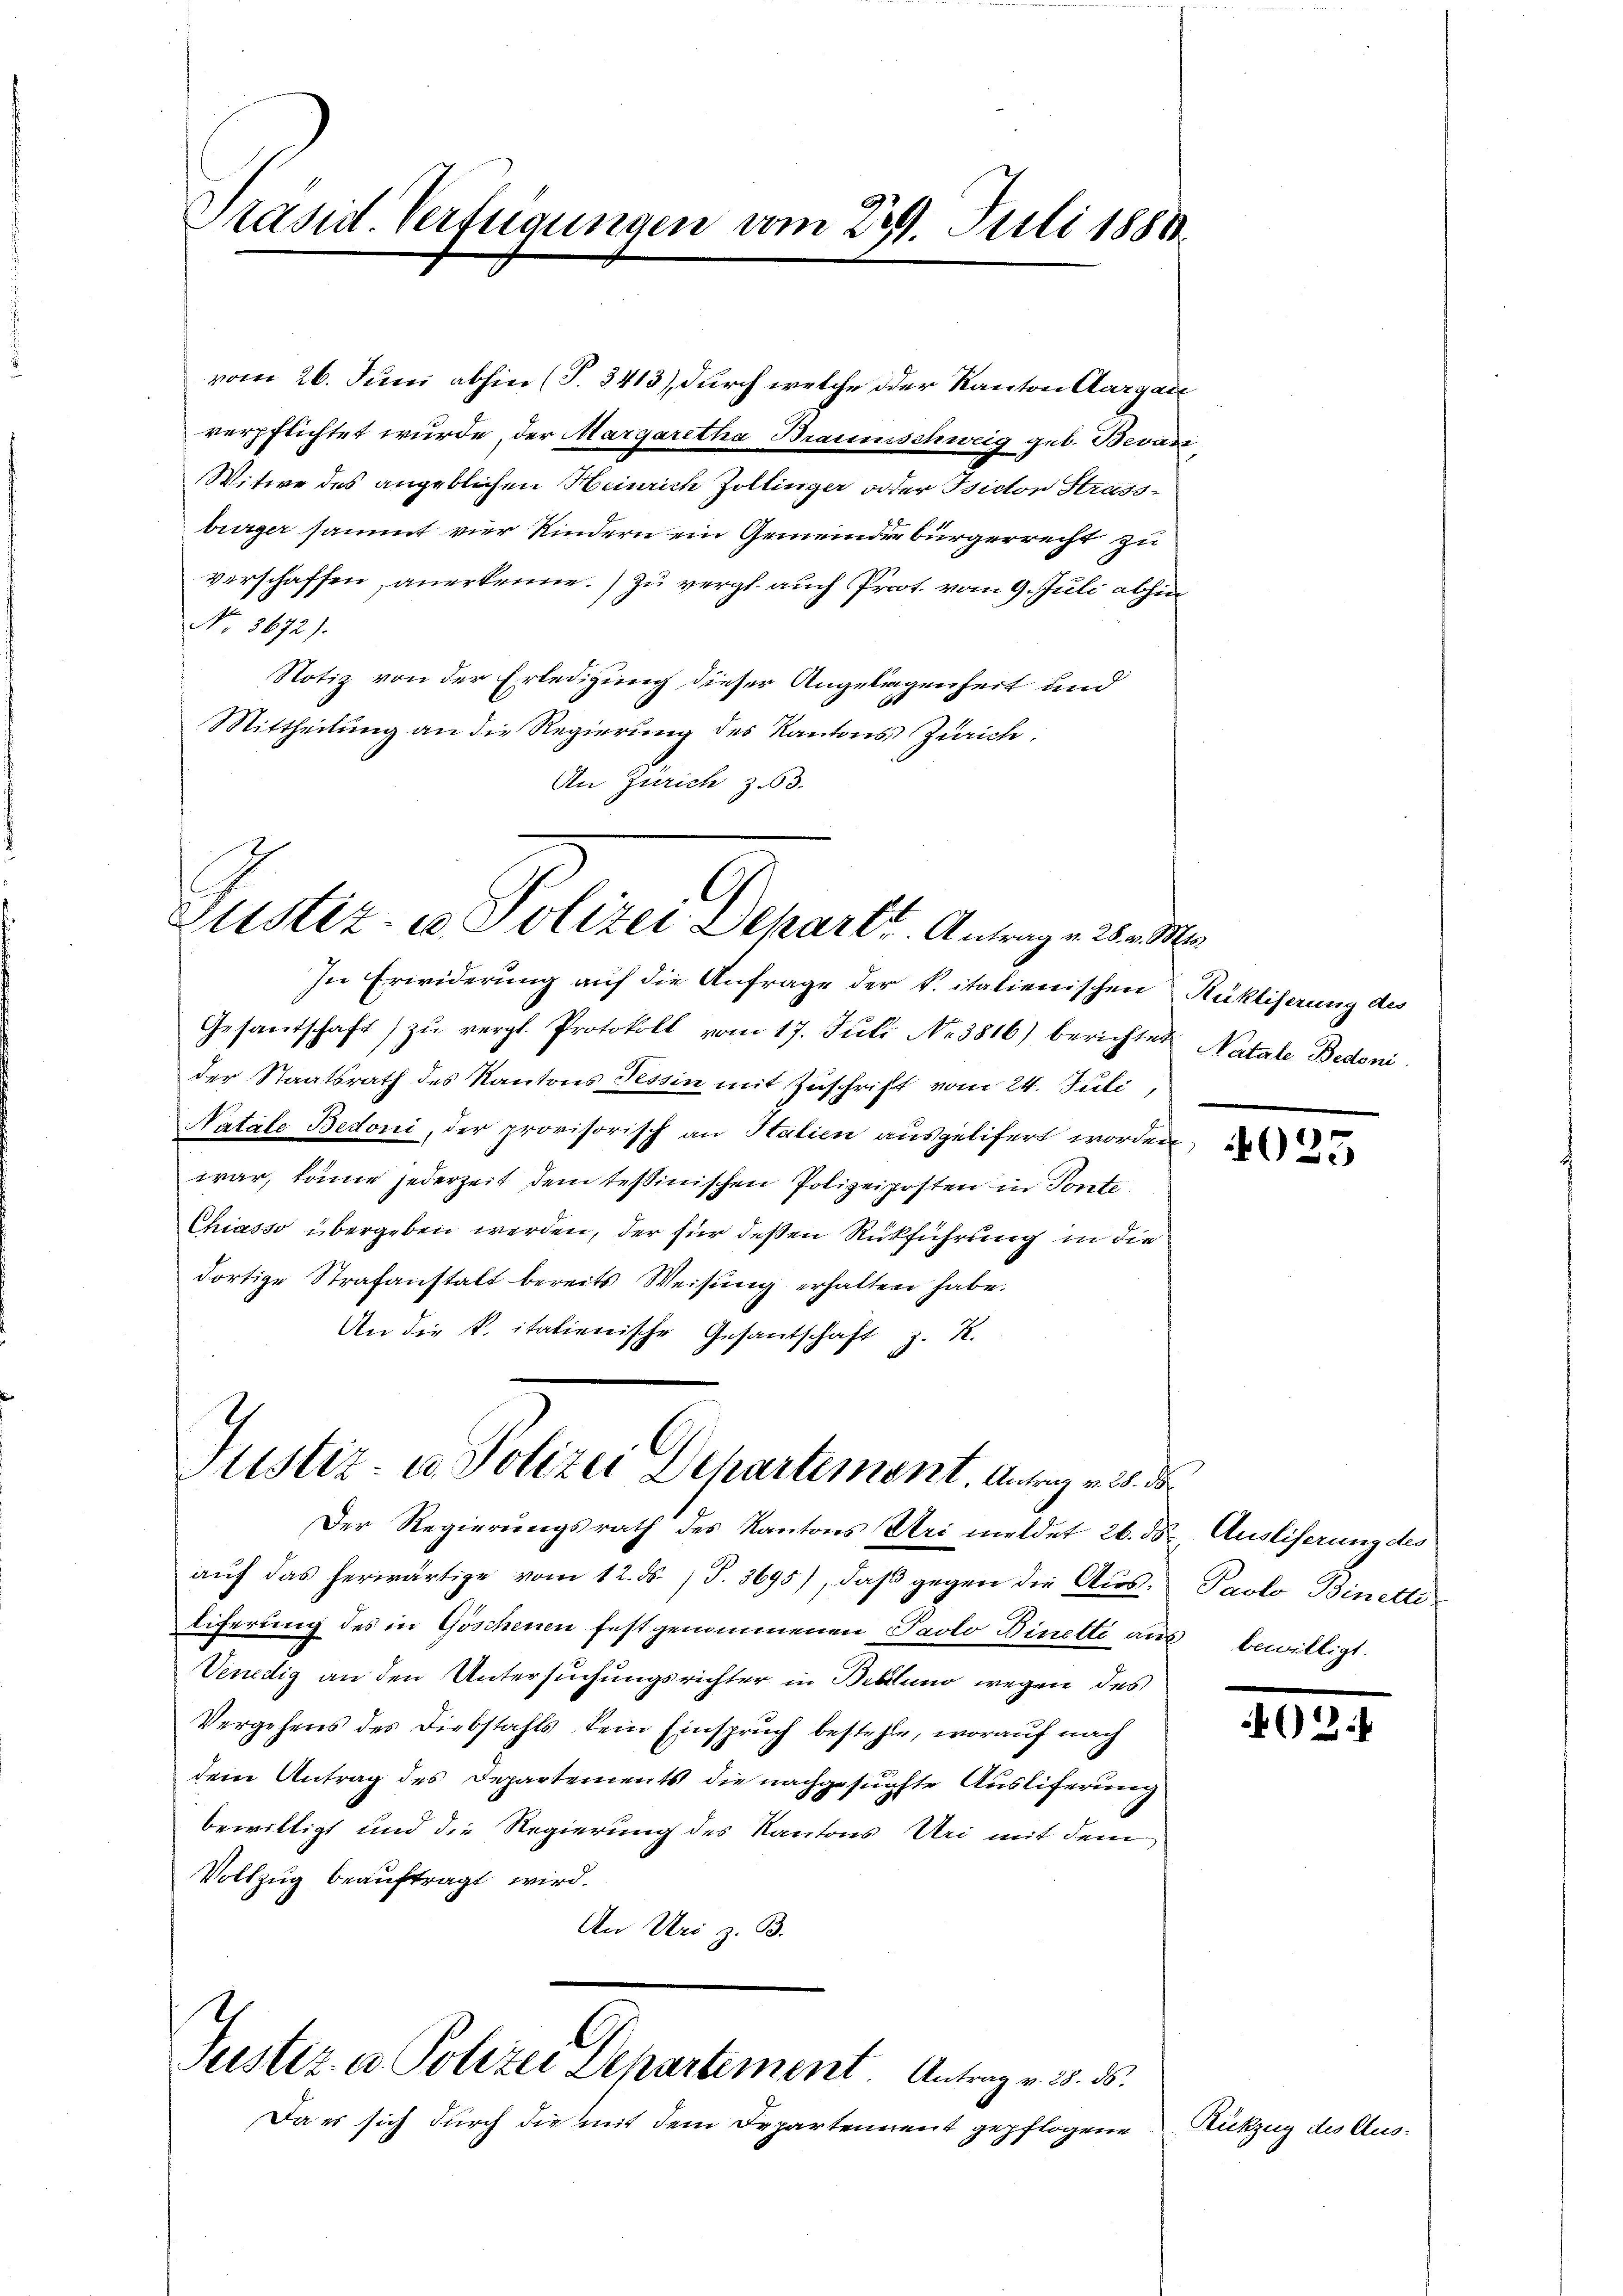
Präsid. Verfügungen vom 22. Juli 1888.

verpflichtet wurde, der Margaretha Braunschweig geb. Bevan
Witwe des angeblichen Heinrich Zollinger oder Tsictor Strassbürger sammt vier Kindern ein Gemeindebürgerrecht zu
verschaffen, anerkenne.) zu vergl. auch Prot. vom 9. Juli abhin
No. 3672).
Notiz von der Erledigung dieser Angelegenheit und
Mittheilung an die Regierung des Kantons Zürich.
An Zürich z.63.

vom 26. Juni abhin (T.3413), durch welche der Kanton Aargaue

Justiz- u. Polizei Departe. Antrage 23. Mi

Justiz- u. Polizei Departement. Antrag v. 25. de

In Erwiderung auf die Anfrage der k. italienischen Rükliferung des
Gesandschaft zŭ vergl. Protokoll vom 17. Juli No 3816) berichtet Natale Bedoni
der Staatsrath des Kantons Tessin mit Zuschrift vom 24. Juli,
Natale Bedoni, der provisorisch an Halien ausgelifert worden
war, könne jederzeit dem tessinischen Polizeiposten in Ponte
Chiasso übergeben werden, der für deßen Rückführung in die
dortige Strafanstalt bereits Weisung erhalten habe.
An die k. italienische Gesantschaft z. K.

C
Justiz- u. Polizei Departement Antrag v. 20. ds.

Der Regierungsrath des Kantons Uri meldet 26. ds Ausliferung des
aŭf das herwärtige vom 12. ds. S. 3695), daβ gegen die Aus- Paolo Binette
liferung des in Göschenen festgenommenen Paolo Binette aus bewilligt.
Venedig an den Untersuchungsrichter in Beklung wegen des
Vergehens des Diebstahls kein Einspruch bestehe, worauf nach
dem Antrag des Departements die nachgesuchte Auslieferung
bewilligt und die Regierung des Kantons Uri mit dem
Vollzug beauftragt wird.
An Uri z. B.

Da es sich durch die mit dem Departendent gepflogene

4025

2:

Rückzug des Aus-